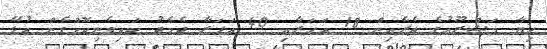
ހިޔާ މަޝްރޫއުގެ ތެރެއިން 18 އަހަރާއި 40 އަހަރާ ދެމެދު ކައިވެނިކޮށްގެން އުޅޭ